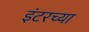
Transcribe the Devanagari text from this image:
इंटरच्या